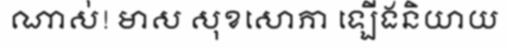
ណាស់! មាស សុខសោភា ឡើងនិយាយ